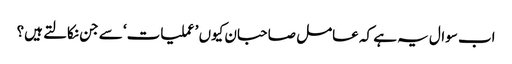
اب سوال یہ ہے کہ عامل صاحبان کیوں ’عملیات‘ سے جن نکالتے ہیں؟